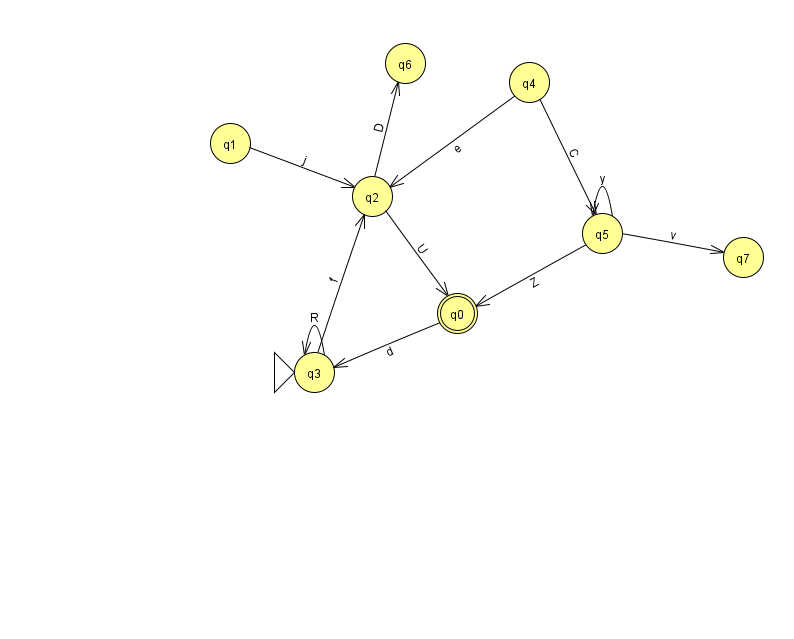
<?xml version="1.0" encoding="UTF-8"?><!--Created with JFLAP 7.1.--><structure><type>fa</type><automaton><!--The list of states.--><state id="0" name="q0"><x>457.0</x><y>300.0</y><final/></state><state id="1" name="q1"><x>230.0</x><y>130.0</y></state><state id="2" name="q2"><x>372.0</x><y>183.0</y></state><state id="3" name="q3"><x>314.0</x><y>359.0</y><initial/></state><state id="4" name="q4"><x>529.0</x><y>69.0</y></state><state id="5" name="q5"><x>602.0</x><y>220.0</y></state><state id="6" name="q6"><x>405.0</x><y>50.0</y></state><state id="7" name="q7"><x>743.0</x><y>244.0</y></state><!--The list of transitions.--><transition><from>0</from><to>3</to><read>d</read></transition><transition><from>5</from><to>7</to><read>v</read></transition><transition><from>3</from><to>3</to><read>R</read></transition><transition><from>4</from><to>5</to><read>C</read></transition><transition><from>4</from><to>2</to><read>e</read></transition><transition><from>5</from><to>5</to><read>y</read></transition><transition><from>2</from><to>0</to><read>U</read></transition><transition><from>2</from><to>6</to><read>D</read></transition><transition><from>5</from><to>0</to><read>Z</read></transition><transition><from>1</from><to>2</to><read>j</read></transition><transition><from>3</from><to>2</to><read>f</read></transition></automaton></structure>